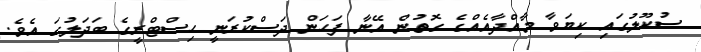
ސުކޫލުގައި ކިޔަވާ މާއްދާއެއްގެ ގޮތުން އޭނާ ފަހަން ދަސްކުރަނީ ހިސްޓްރީގެ ބަދަލުގަ އެވެ.